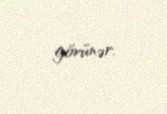
görünər.